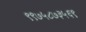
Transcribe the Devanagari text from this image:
९९७५८७३५६९